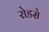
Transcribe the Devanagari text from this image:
रोडसे